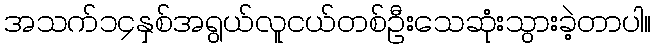
အသက်၁၄နှစ်အရွယ်လူငယ်တစ်ဦးသေဆုံးသွားခဲ့တာပါ။